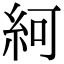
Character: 䋍